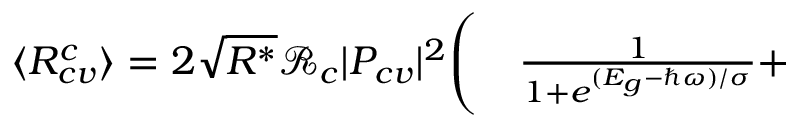
\begin{array} { r l } { \langle R _ { c v } ^ { c } \rangle = 2 \sqrt { R ^ { * } } \mathcal { R } _ { c } | P _ { c v } | ^ { 2 } \Bigg ( } & { { } \frac { 1 } { 1 + e ^ { ( E _ { g } - \hbar \omega ) / \sigma } } + } \end{array}